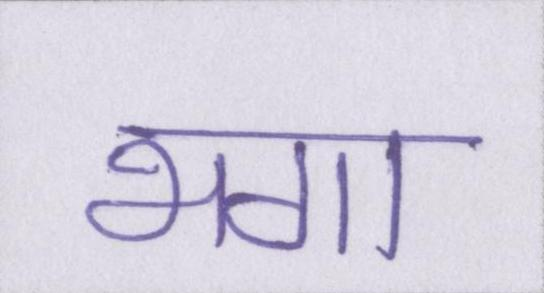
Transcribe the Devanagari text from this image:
भगा